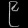
Digit: ၉